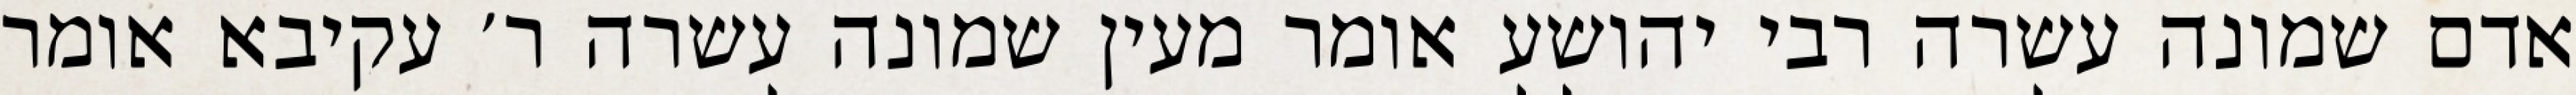
אדם שמונה עשרה רבי יהושע אומר מעין שמונה עשרה ר׳ עקיבא אומר